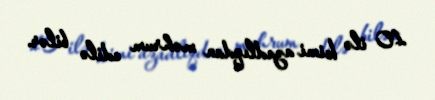
10 ilə kimi azadlıqdan məhrum edilə bilər.